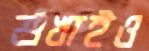
শুঁখাইও